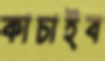
কাচাইব